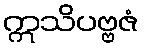
ဣသိပဗ္ဗဇံ